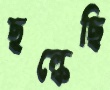
ছল্‌কেছি